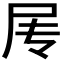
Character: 𰍱